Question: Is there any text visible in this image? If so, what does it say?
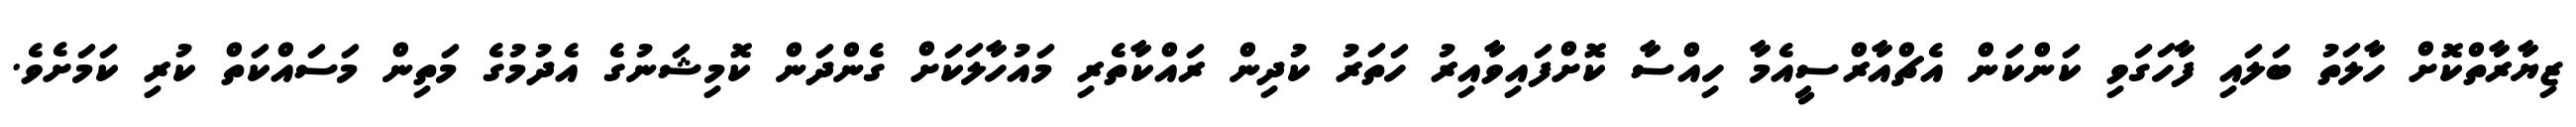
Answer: ޒިޔާރާތްކޮށް ހާލަތު ބަލައި ފާހަގަވި ކަންކަން އެޗްއާރްސީއެމާ ހިއްސާ ކޮށްފައިވާއިރު ހަތަރު ކުދިން ރައްކާތެރި މައުހާލަކަށް ގެންދަން ކޮމިޝަނުގެ އެދުމުގެ މަތިން މަސައްކަތް ކުރި ކަމަށެވެ.